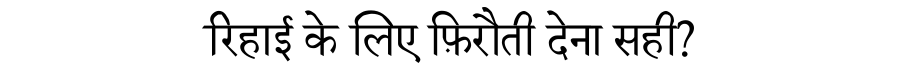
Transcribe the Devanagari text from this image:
रिहाई के लिए फ़िरौती देना सही?